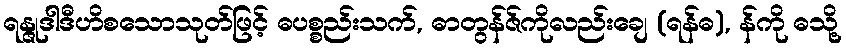
ရန္ဇုဒါဒီဟိစသောသုတ်ဖြင့် ဓပစ္စည်းသက်, ဓာတွန်ဇ်ကိုလည်းချေ (ရန်ဓ), န်ကို ဓသို့